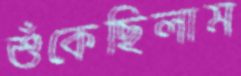
শুঁকেছিলাম